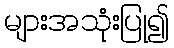
များအသုံးပြု၍